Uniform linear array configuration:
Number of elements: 32
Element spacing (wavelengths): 0.25
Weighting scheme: uniform
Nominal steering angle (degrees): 45
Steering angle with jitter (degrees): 45.419
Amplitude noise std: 0.05
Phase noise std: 0.05

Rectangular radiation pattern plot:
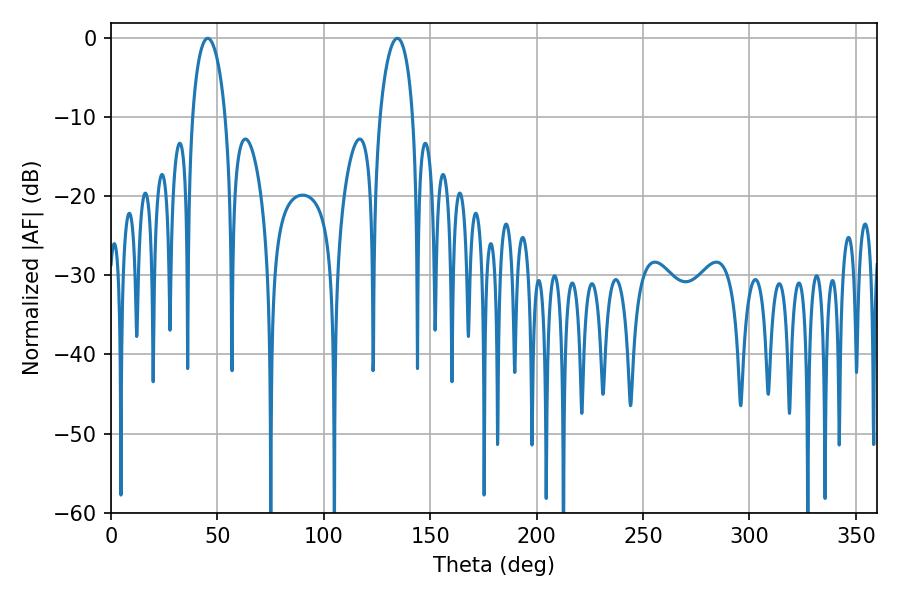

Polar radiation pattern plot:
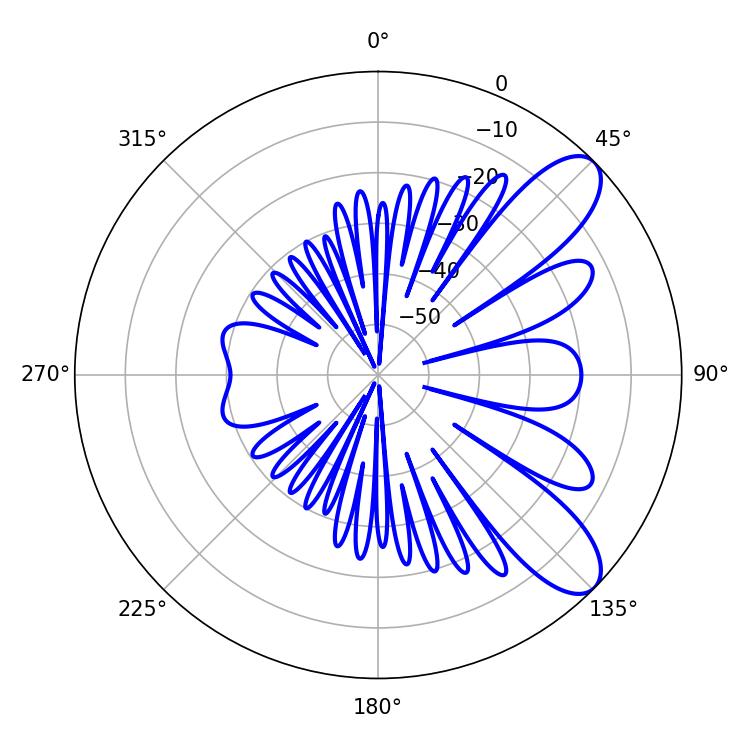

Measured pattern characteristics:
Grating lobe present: FALSE
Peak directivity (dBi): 8.991
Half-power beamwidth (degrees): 8.82
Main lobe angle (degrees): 45.54